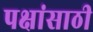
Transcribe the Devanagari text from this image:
पक्षांसाठी